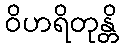
ဝိဟရိတုန္တိ